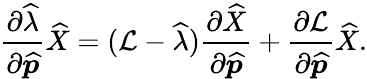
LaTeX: \frac{\partial\widehat{\lambda}}{\partial\widehat{\boldsymbol{p}}}\widehat{X}=(\mathcal{L}-\widehat{\lambda})\frac{\partial\widehat{X}}{\partial\widehat{\boldsymbol{p}}}+\frac{\partial\mathcal{L}}{\partial\widehat{\boldsymbol{p}}}\widehat{X}.